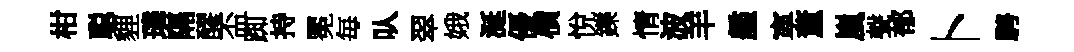
柑聪貍璘隔醪盃踟持冕毎㕥翠娥涎優横悅鑠情波羊艦寕董嵐聲郁卜騁